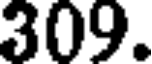
309.